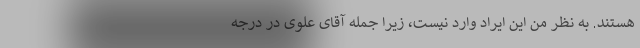
هستند. به نظر من این ایراد وارد نیست، زیرا جمله آقای علوی در درجه